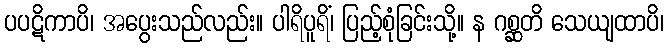
ပပဋိကာပိ၊ အပွေးသည်လည်း။ ပါရိပူရိံ၊ ပြည့်စုံခြင်းသို့။ န ဂစ္ဆတိ သေယျထာပိ၊